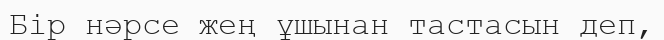
Бір нәрсе жең ұшынан тастасын деп,